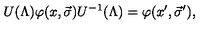
U ( \Lambda ) \varphi ( x , \vec { \sigma } ) U ^ { - 1 } ( \Lambda ) = \varphi ( x ^ { \prime } , \vec { \sigma } ^ { \prime } ) ,